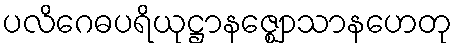
ပလိဂေဓပရိယုဋ္ဌာနဇ္ဈောသာနဟေတု